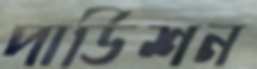
পার্ডিশন